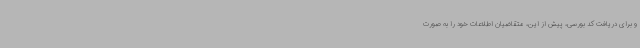
و برای دریافت کد بورسی، پیش از این، متقاضیان اطلاعات خود را به صورت